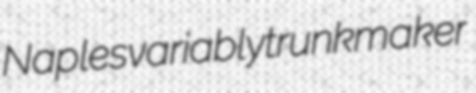
Naples variably trunkmaker